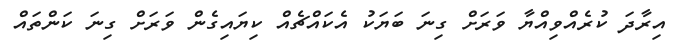
އިރާދަ ކުރެއްވިއްޔާ ވަރަށް ގިނަ ބަޔަކު އެކައްޗެއް ކިޔައިގެން ވަރަށް ގިނަ ކަންތައް